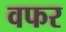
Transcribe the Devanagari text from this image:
वफर